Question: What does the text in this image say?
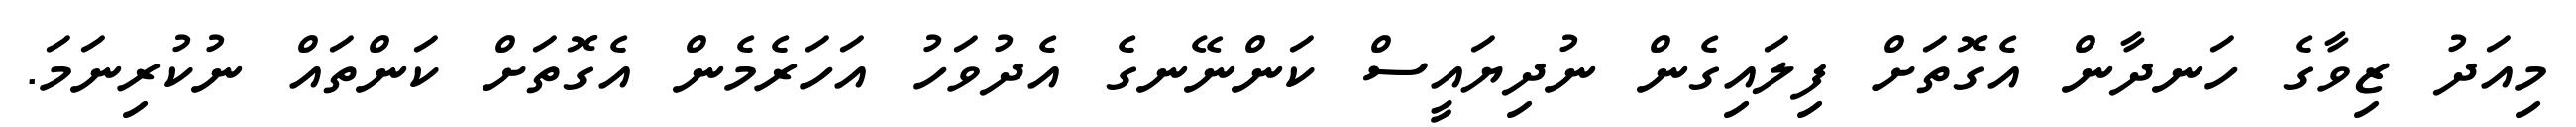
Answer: މިއަދު ޒިވާގެ ހަނދާން އެގޮތަށް ފިލައިގެން ނުދިޔައީސް ކަންނޭނގެ އެދުވަހު އަހަރެމެން އެގޮތަށް ކަންތައް ނުކުރިނަމަ.